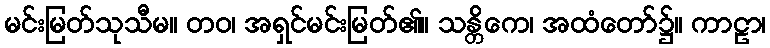
မင်းမြတ်သုသီမ။ တဝ၊ အရှင်မင်းမြတ်၏။ သန္တိကေ၊ အထံတော်၌။ ကာဠာ၊